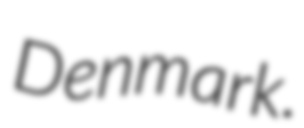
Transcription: Denmark.